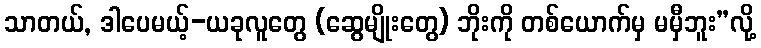
သာတယ်, ဒါပေမယ့်-ယခုလူတွေ (ဆွေမျိုးတွေ) ဘိုးကို တစ်ယောက်မှ မမှီဘူး”လို့